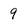
Character: 9